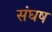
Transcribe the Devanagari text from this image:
संघष